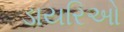
ડાયરિઓ